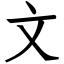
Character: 文